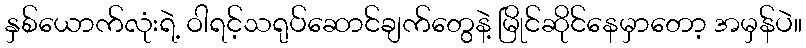
နှစ်ယောက်လုံးရဲ့ ဝါရင့်သရုပ်ဆောင်ချက်တွေနဲ့ မြိုင်ဆိုင်နေမှာတော့ အမှန်ပဲ။